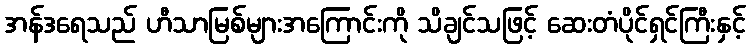
အန်ဒရေသည် ဟီသာမြစ်များအကြောင်းကို သိချင်သဖြင့် ဆေးတံပိုင်ရှင်ကြီးနှင့်